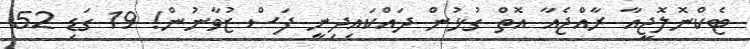
ޓެކްނޮލޮޖީއާ ރާއްޖެއާ އޮތް ގުޅުން ދައްކައިދިނީ ފަސް ޒުވާނުން! 19 ގަޑި 52